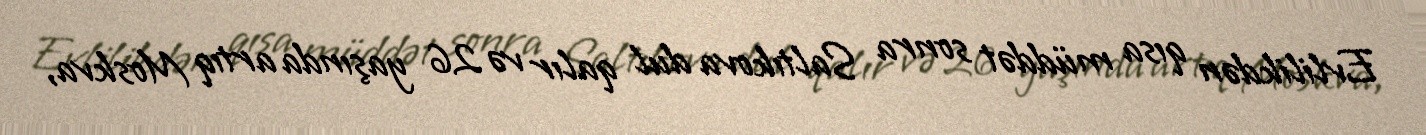
Evlilikdən qısa müddət sonra Saltıkova dul qalır və 26 yaşında artıq Moskva,